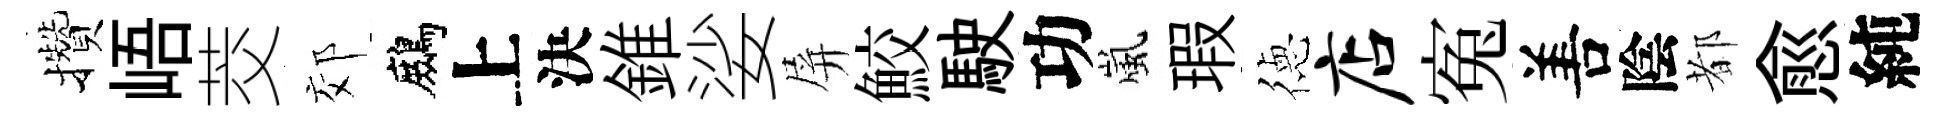
攢峿茭郊鷓上決錐娑屏鮫駛功嵐瑕徳店寃𠵊陰都愈純